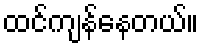
ထင်ကျန်နေတယ်။